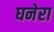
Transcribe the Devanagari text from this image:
घनेरा